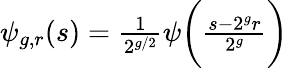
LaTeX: \begin{array}{r}{\psi_{g,r}(s)=\frac{1}{2^{g/2}}\psi\biggl(\frac{s-2^{g}r}{2^{g}}\biggr)}\end{array}